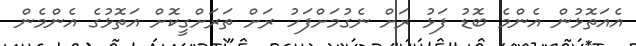
އެއަތޮޅުން އެންމެ ބޮޑު ފަޅު ރަށް ނެގުމަށްފަހު ރަށް ތަރަށްގީކޮށް އަތޮޅުގެ އެންމެން